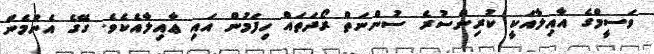
ވަސީމްގެ އާއިލާއަކީ ކުރިންސުރެ ސުންނަތް ރޯދަތައް ހިފަމުން އައި ޢާއިލާއެކެވެ. ގޭގެ އެންމެން